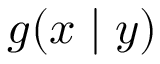
g ( x \mid y )